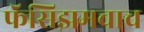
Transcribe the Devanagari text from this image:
फॅसिझमचाच